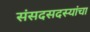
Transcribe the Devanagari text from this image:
संसदसदस्यांचा